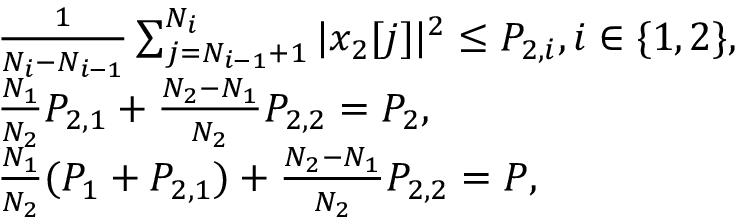
\begin{array} { r l } & { \frac { 1 } { N _ { i } - N _ { i - 1 } } \sum _ { j = N _ { i - 1 } + 1 } ^ { N _ { i } } | x _ { 2 } [ j ] | ^ { 2 } \leq P _ { 2 , i } , i \in \{ 1 , 2 \} , } \\ & { \frac { N _ { 1 } } { N _ { 2 } } P _ { 2 , 1 } + \frac { N _ { 2 } - N _ { 1 } } { N _ { 2 } } P _ { 2 , 2 } = P _ { 2 } , } \\ & { \frac { N _ { 1 } } { N _ { 2 } } ( P _ { 1 } + P _ { 2 , 1 } ) + \frac { N _ { 2 } - N _ { 1 } } { N _ { 2 } } P _ { 2 , 2 } = P , } \end{array}